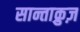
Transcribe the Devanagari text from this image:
सान्ताक्रुज़